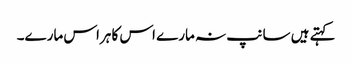
کہتے ہیں سانپ نہ مارے اس کا ہراس مارے۔